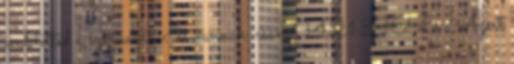
említetted a számokat. Itt vannak: csang0421 39656 : Azért